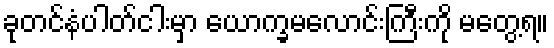
ခုတင်နံပါတ်ငါးမှာ ယောက္ခမလောင်းကြီးကို မတွေ့ရ။